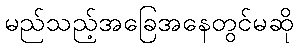
မည်သည့်အခြေအနေတွင်မဆို